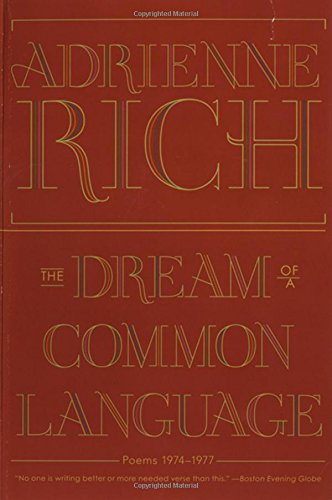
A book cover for The Dream of a Common Language: Poems 1974-1977; Adrienne Rich; Literature & Fiction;